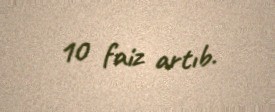
10 faiz artıb.